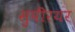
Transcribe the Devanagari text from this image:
सुपीरयर